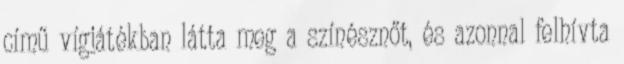
című vígjátékban látta meg a színésznőt, és azonnal felhívta